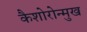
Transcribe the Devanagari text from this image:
कैशोरोन्मुख